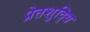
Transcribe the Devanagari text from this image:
प्रेतशुद्धि